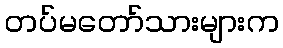
တပ်မတော်သားများက